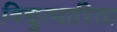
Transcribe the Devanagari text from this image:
विद्युत्धारिता